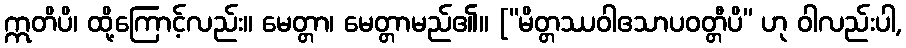
ဣတိပိ၊ ထို့ကြောင့်လည်း။ မေတ္တာ၊ မေတ္တာမည်၏။ [“မိတ္တဿဝါဧသာပဝတ္တီပိ” ဟု ဝါလည်းပါ,